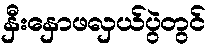
နှီးနှောဖလှယ်ပွဲတွင်